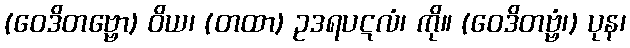
(ဝေဒိတဗ္ဗော) ဝိယ၊ (တထာ) ဥဒရပဋလံ၊ ကို။ (ဝေဒိတဗ္ဗံ၊) ပုန၊